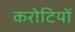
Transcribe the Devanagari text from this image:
करोटियों